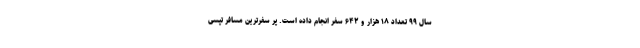
سال ۹۹ تعداد ۱۸ هزار و ۶۴۲ سفر انجام داده است. پر سفرترین مسافر تپسی